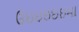
ઉઇઇઇઇઇમા